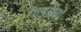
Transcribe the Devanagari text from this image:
गैलरीयों